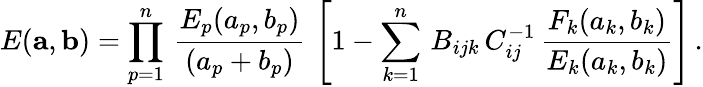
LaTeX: E({\mathbf a},{\mathbf b})=\prod_{p=1}^{n}\, {\frac{E_{p}(a_{p},b_{p})}{(a_{p}+b_{p})}}\, \left[1-\sum_{k=1}^{n}\, B_{ijk}\, C_{ij}^{-1}\, {\frac{F_{k}(a_{k},b_{k})}{E_{k}(a_{k},b_{k})}}\right]\, .